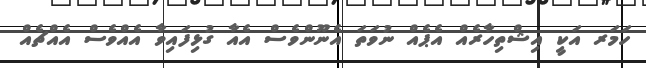
ހަމަރ އަކީ އިޝްތިހާރެއް އެޕެއް ނުވަތަ އެނޫންވެސް އެއާ ގުޅިފައިވާ އެއްވެސް އެއްޗެއް